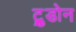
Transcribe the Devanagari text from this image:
ट्रुडोन